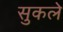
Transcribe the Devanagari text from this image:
सुकले